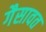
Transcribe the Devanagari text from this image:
गैसावत